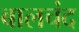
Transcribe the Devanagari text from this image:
बालचंद